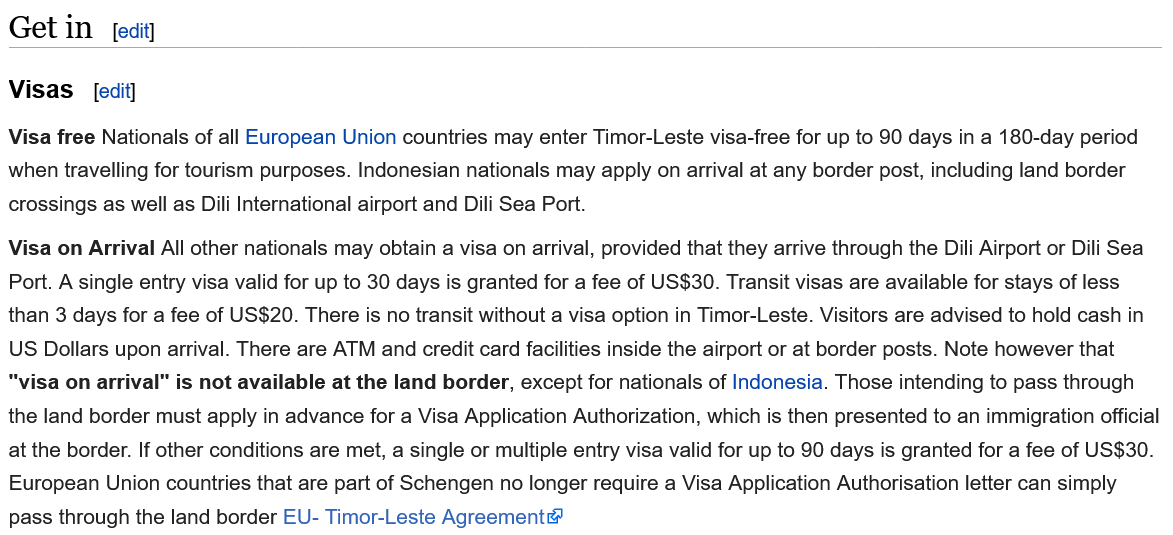
Visa on Arrival All other nationals may obtain a visa on arrival, provided that they arrive through the Dili Airport or Dili Sea
  Port. A single entry visa valid for up to 30 days is granted for a fee of US$30. Transit visas are available for stays of less
  than 3 days for a fee of US$20. There is no transit without a visa option in Timor-Leste. Visitors are advised to hold cash in
  US Dollars upon arrival. There are ATM and credit card facilities inside the airport or at border posts. Note however that
  “visa on arrival" is not available at the land border, except for nationals of Indonesia. Those intending to pass through
  the land border must apply in advance for a Visa Application Authorization, which is then presented to an immigration official
  at the border. If other conditions are met, a single or multiple entry visa valid for up to 90 days is granted for a fee of US$30.
  European Union countries that are part of Schengen no longer require a Visa Application Authorisation letter can simply
  pass through the land border EU- Timor-Leste Agreement&!
  Visa free Nationals of all European Union countries may enter Timor-Leste visa-free for up to 90 days in a 180-day period
  when travelling for tourism purposes. Indonesian nationals may apply on arrival at any border post, including land border
  crossings as well as Dili International airport and Dili Sea Port.
  Visas  [edit]
  Get  in  [edit]